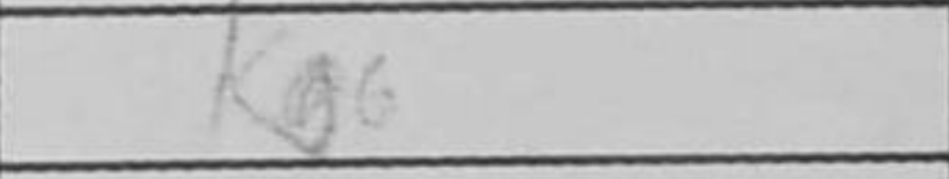
Transcription: Kg6